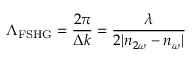
\Lambda _ { \mathrm { F S H G } } = \frac { 2 \pi } { \Delta k } = \frac { \lambda } { 2 | n _ { 2 \omega } - n _ { \omega } | }